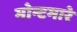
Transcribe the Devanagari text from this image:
मोन्टमारे